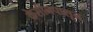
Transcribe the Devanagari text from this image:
केसीनपासून